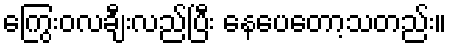
ကြွေးဝလချီးလည်ပြီး နေပေတော့သတည်း။